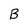
Character: B